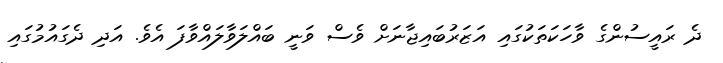
ދެ ރައީސުންގެ ވާހަކަތަކުގައި އަޒަރުބައިޖާނަށް ވެސް ވަނީ ބައްލަވާލައްވާފަ އެވެ. އަދި ދެގައުމުގައި